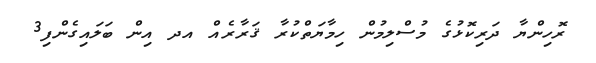
ރޮހިންޔާ ދަރިކޮޅުގެ މުސްލިމުން ހިމާޔަތްކުރާ ޤަރާރެއް އދ އިން ބަލައިގެންފި3